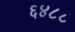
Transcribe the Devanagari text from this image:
६४८८